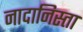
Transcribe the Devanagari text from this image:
नादानिस्ता